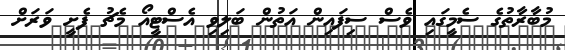
މުބާރާތުގެ ސެމީގައި ވެސް ސިފައިން އަތުން ބަލިވި އެސްޓީއޯ މެޗު ފެށީ ވަރަށް